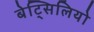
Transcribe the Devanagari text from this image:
बेट्सिलियो